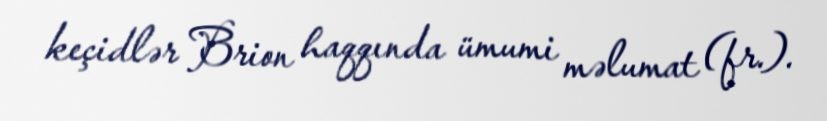
keçidlər Brion haqqında ümumi məlumat (fr.).